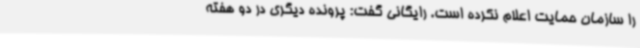
را سازمان حمایت اعلام نکرده است. رایگانی گفت: پرونده دیگری در دو هفته